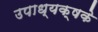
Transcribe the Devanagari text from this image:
उपाध्यक्षके